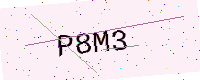
Text: P8M3